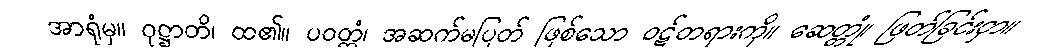
အာရုံမှ။ ဝုဋ္ဌာတိ၊ ထ၏။ ပဝတ္တံ၊ အဆက်မပြတ် ဖြစ်သော ဝဋ်တရားကို။ ဆေတ္တုံ၊ ဖြတ်ခြင်းငှာ။